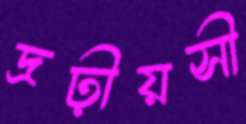
দ্রঢ়ীয়সী